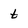
Character: t